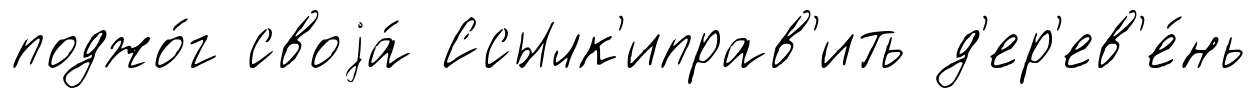
поджо́г своjа́ Ссылк'иправ'ить д'ер'ев'е́нь